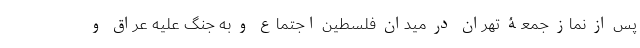
پس از نماز جمعۀ تهران در میدان فلسطین اجتماع و به جنگ علیه عراق و